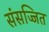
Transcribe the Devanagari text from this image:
संसज्जित